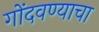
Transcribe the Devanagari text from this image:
गोंदवण्याचा